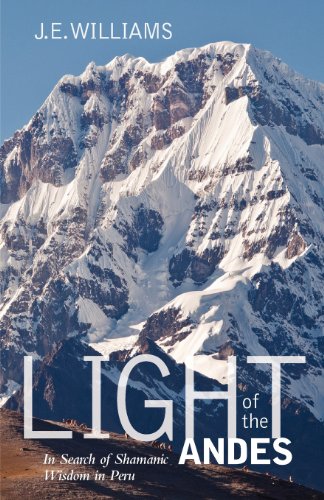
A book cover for Light of the Andes: In Search of Shamanic Wisdom in Peru; J. E. Williams; Travel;